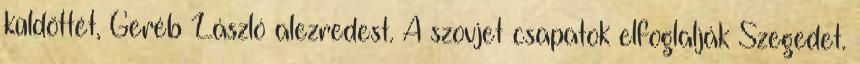
küldöttét, Geréb László alezredest. A szovjet csapatok elfoglalják Szegedet.